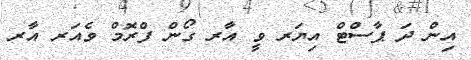
އިން ދަ ޕާސްޓް އިޔަރ ވީ އާރ ގޯން ފްރޮމް ވެއަރ އާރ